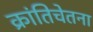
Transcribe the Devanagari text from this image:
क्रांतिचेतना